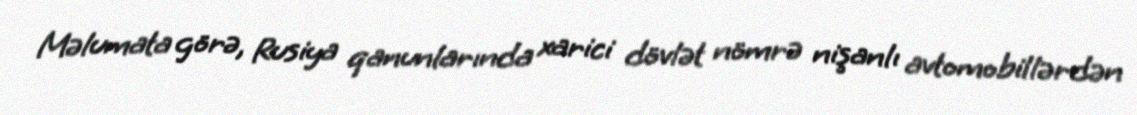
Məlumata görə, Rusiya qanunlarında xarici dövlət nömrə nişanlı avtomobillərdən